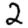
Digit: 2